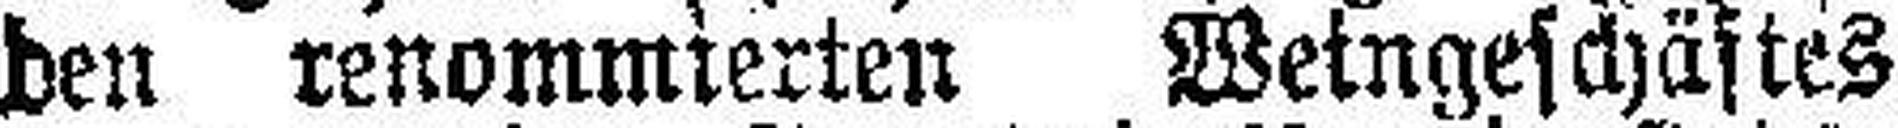
den renommierten Weingeschäftes